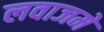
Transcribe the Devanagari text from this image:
लवाजमे